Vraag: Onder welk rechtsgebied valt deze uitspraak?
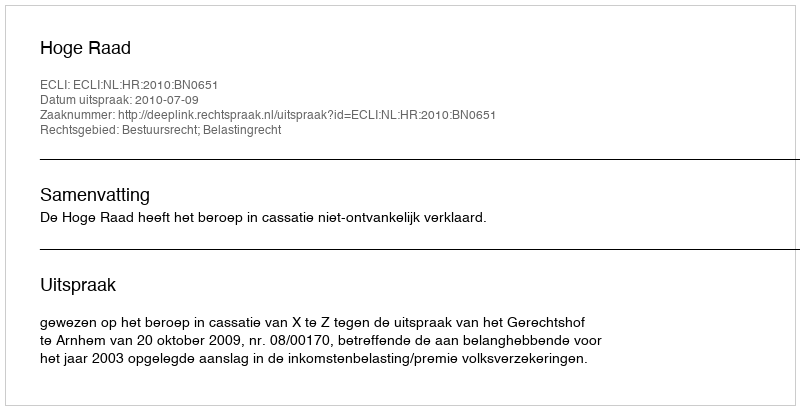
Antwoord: Bestuursrecht; Belastingrecht